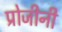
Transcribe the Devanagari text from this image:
प्रोजीनी